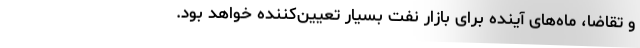
و تقاضا، ماه‌های آینده برای بازار نفت بسیار تعیین‌کننده خواهد بود.